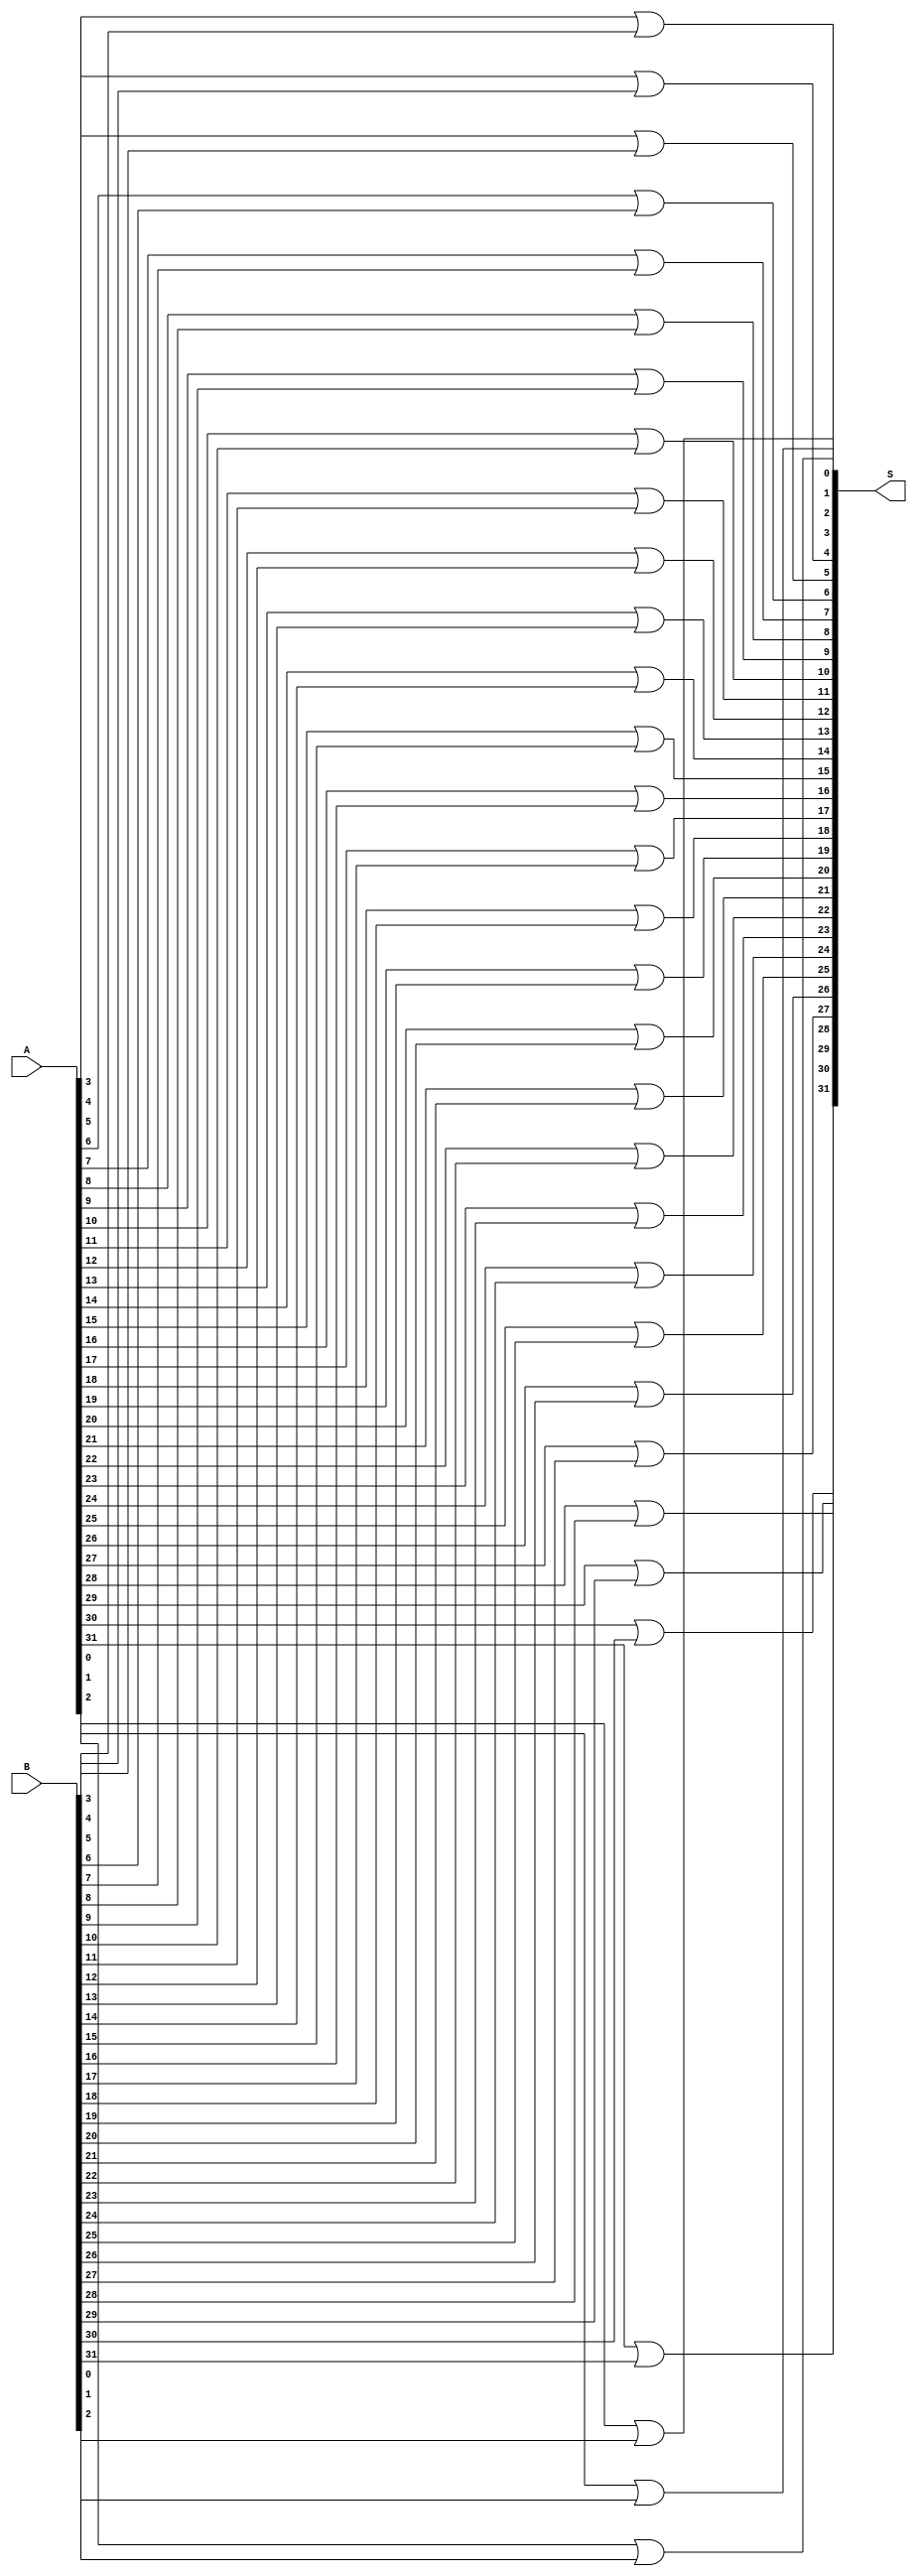
module or_32(A, B, S);
        
    input [31:0] A, B;

    output [31:0] S;

    or or_0(S[0], A[0], B[0]);
    or or_1(S[1], A[1], B[1]);
    or or_2(S[2], A[2], B[2]);
    or or_3(S[3], A[3], B[3]);
    or or_4(S[4], A[4], B[4]);
    or or_5(S[5], A[5], B[5]);
    or or_6(S[6], A[6], B[6]);
    or or_7(S[7], A[7], B[7]);
    or or_8(S[8], A[8], B[8]);
    or or_9(S[9], A[9], B[9]);
    or or_10(S[10], A[10], B[10]);
    or or_11(S[11], A[11], B[11]);
    or or_12(S[12], A[12], B[12]);
    or or_13(S[13], A[13], B[13]);
    or or_14(S[14], A[14], B[14]);
    or or_15(S[15], A[15], B[15]);
    or or_16(S[16], A[16], B[16]);
    or or_17(S[17], A[17], B[17]);
    or or_18(S[18], A[18], B[18]);
    or or_19(S[19], A[19], B[19]);
    or or_20(S[20], A[20], B[20]);
    or or_21(S[21], A[21], B[21]);
    or or_22(S[22], A[22], B[22]);
    or or_23(S[23], A[23], B[23]);
    or or_24(S[24], A[24], B[24]);
    or or_25(S[25], A[25], B[25]);
    or or_26(S[26], A[26], B[26]);
    or or_27(S[27], A[27], B[27]);
    or or_28(S[28], A[28], B[28]);
    or or_29(S[29], A[29], B[29]);
    or or_30(S[30], A[30], B[30]);
    or or_31(S[31], A[31], B[31]);

endmodule